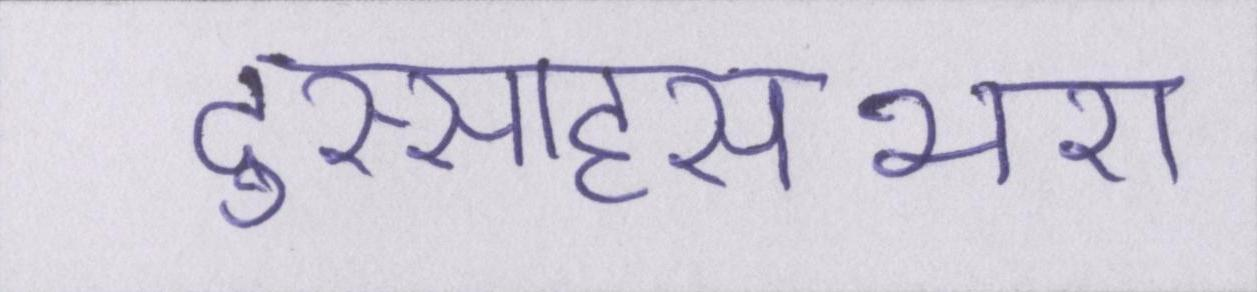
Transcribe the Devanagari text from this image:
दुस्साहसभरा